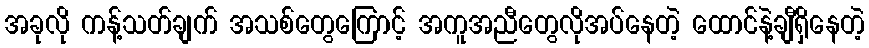
အခုလို ကန့်သတ်ချက် အသစ်တွေကြောင့် အကူအညီတွေလိုအပ်နေတဲ့ ထောင်နဲ့ချီရှိနေတဲ့